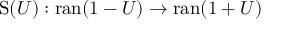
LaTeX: \operatorname { S } ( U ) : \operatorname { r a n } ( 1 - U ) \to \operatorname { r a n } ( 1 + U )